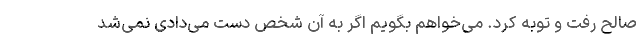
صالح رفت و توبه کرد. می‌خواهم بگویم اگر به آن شخص دست می‌دادی نمی‌شد